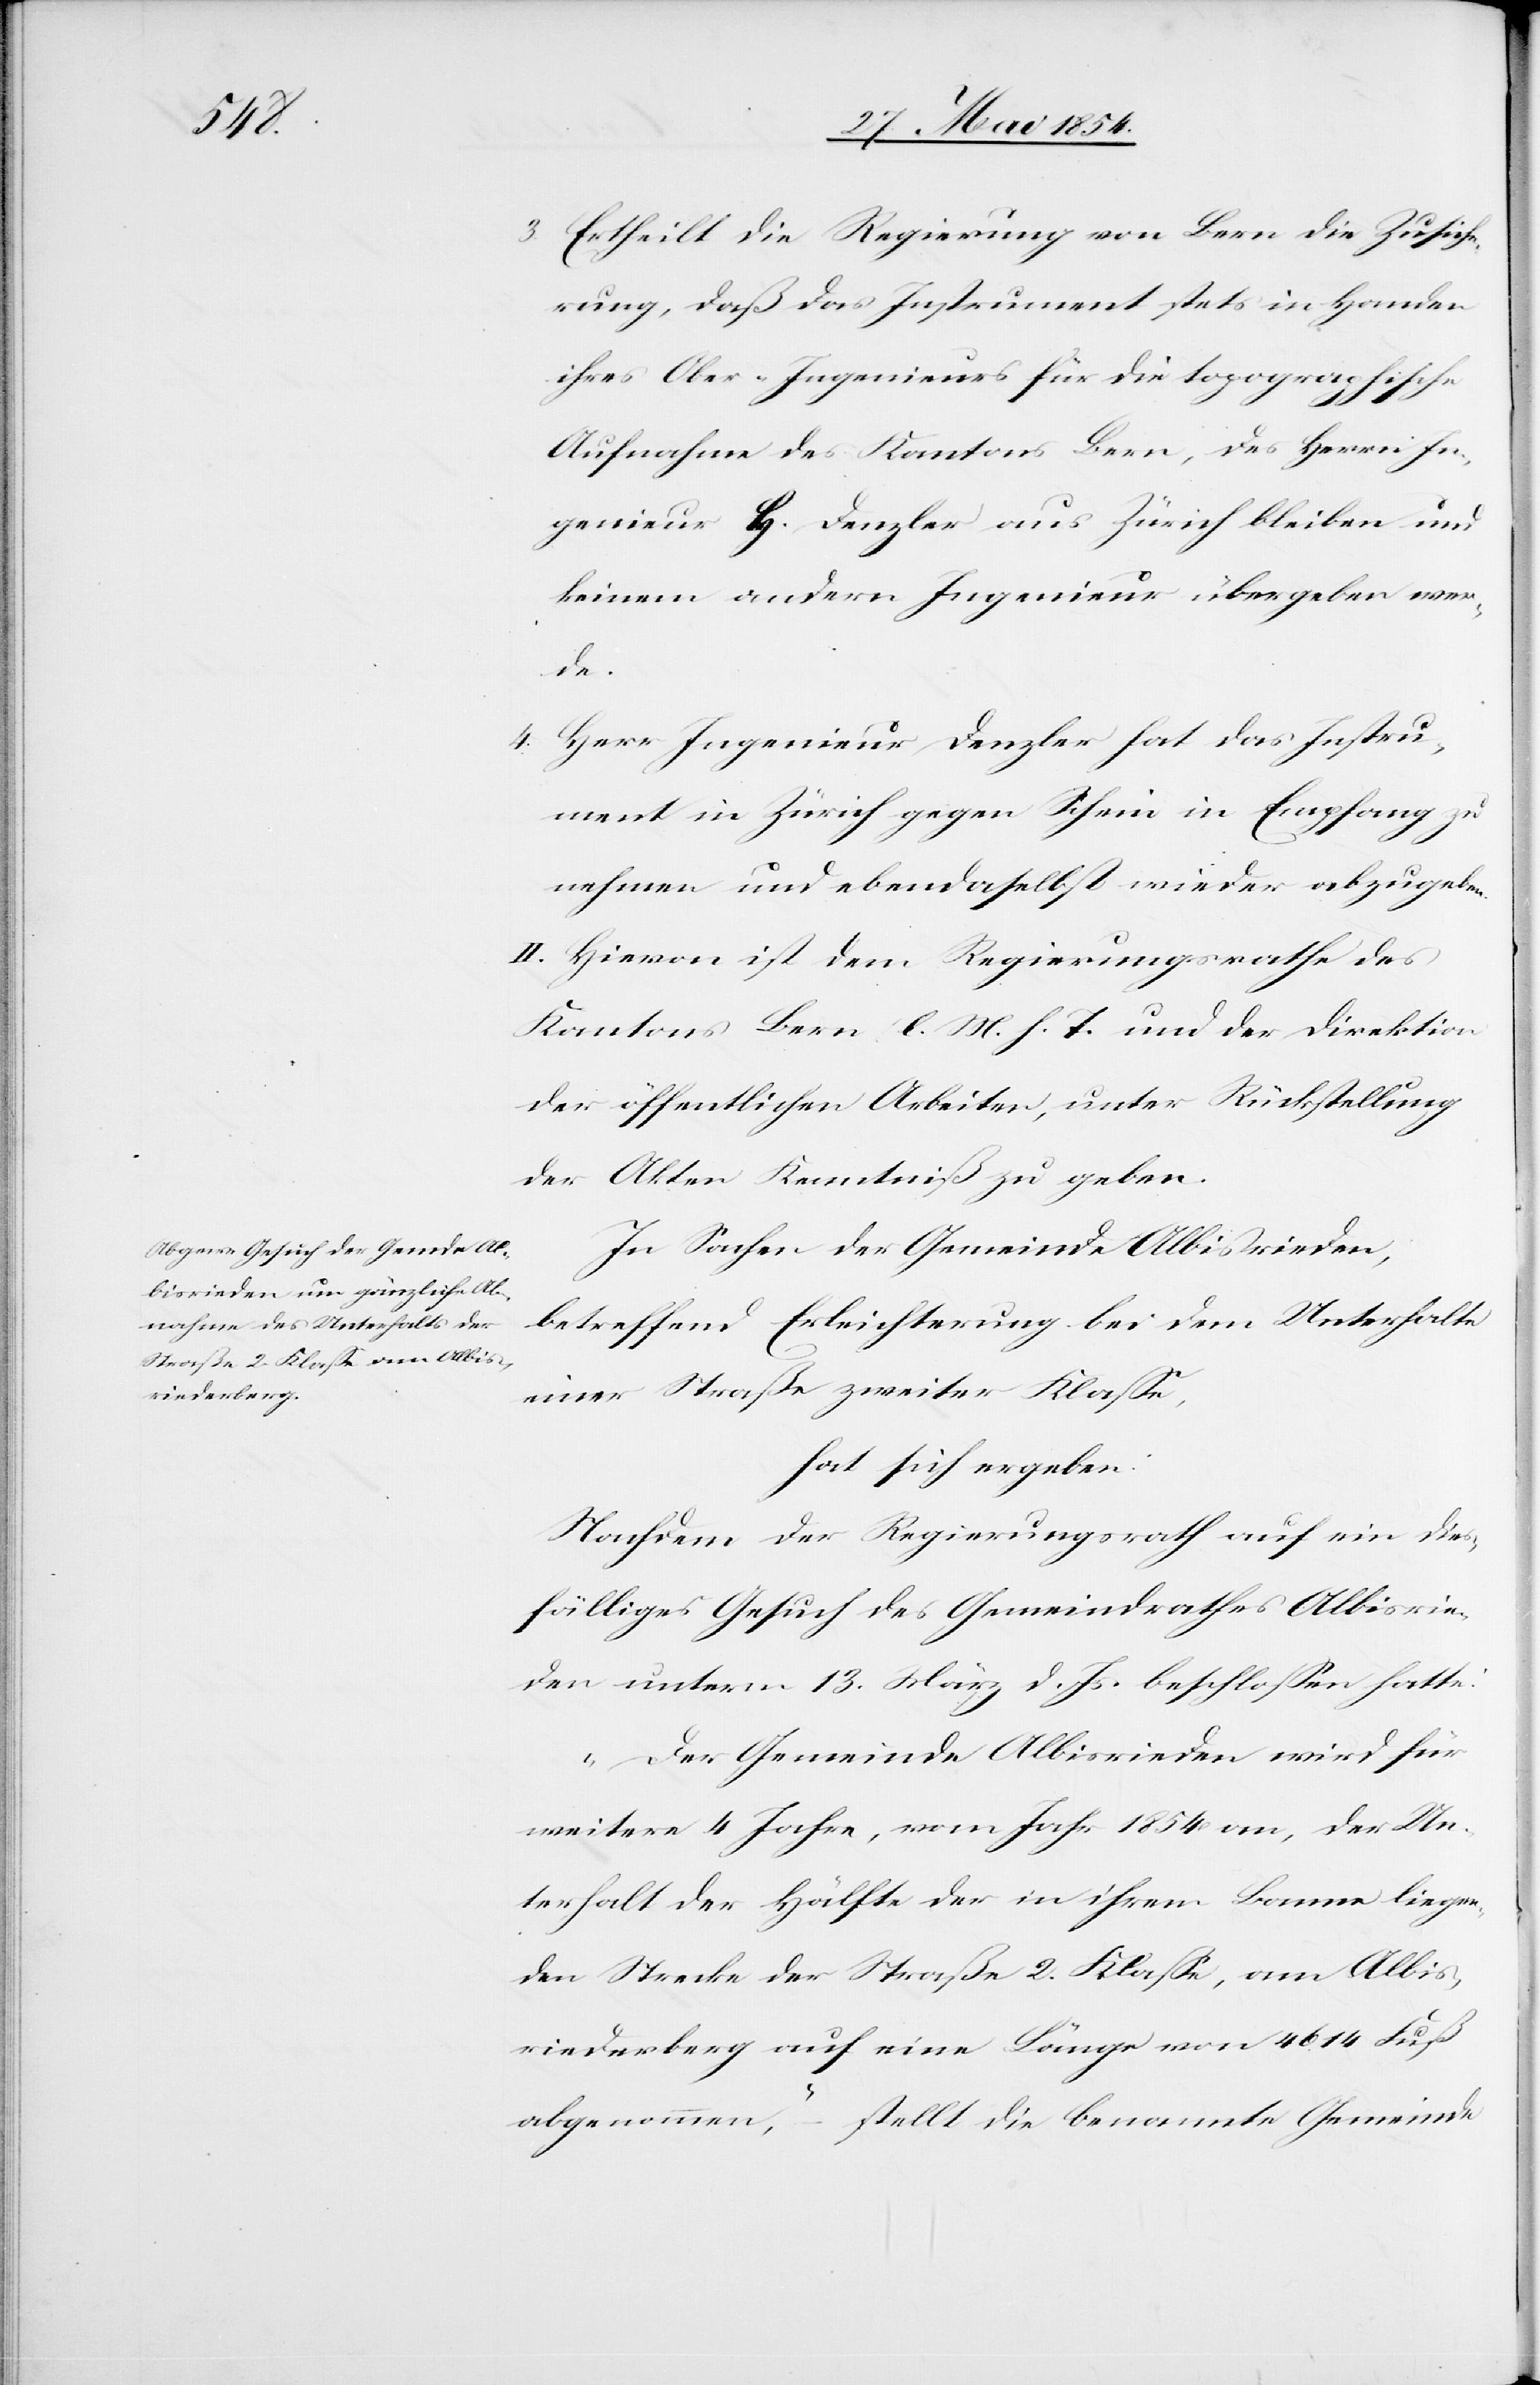
3. Ertheilt die Regierung von Bern die Zusiche¬
rung, daß das Instrument stets in Handen
ihres Ober-Ingenieurs für die topographische
Aufnahme des Kantons Bern, des Herrn In¬
genieur H. Denzler aus Zürich bleiben und
keinem andern Ingenieur übergeben wer¬
de.
4. Herr Ingenieur Denzler hat das Instru¬
ment in Zürich gegen Schein in Empfang zu
nehmen und ebendaselbst wieder abzugeben.
II. Hievon ist dem Regierungsrathe des
Kantons Bern l. M. h. T. und der Direktion
der öffentlichen Arbeiten, unter Rückstellung
der Akten Kenntniß zu geben.
In Sachen der Gemeinde Albisrieden,
betreffend Erleichterung bei dem Unterhalte
einer Straße zweiter Klaße,
hat sich ergeben:
Nachdem der Regierungsrath auf ein die¬
sfälliges Gesuch des Gemeindrathes Albisrie¬
den unterm 13. März d. Js. beschloßen hatte:
„Der Gemeinde Albisrieden wird für
weitere 4 Jahre, vom Jahr 1854 an, der Un¬
terhalt der Hälfte der in ihrem Banne liegen¬
den Strecke der Straße 2. Klaße, am Albis¬
riederberg auf eine Länge von 4614 Fuß
abgenommen,“ – stellt die benannte Gemeinde